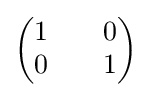
{\begin{pmatrix}1&&0\\0&&1\end{pmatrix}}